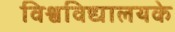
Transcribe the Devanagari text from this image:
विश्वविद्यालयके